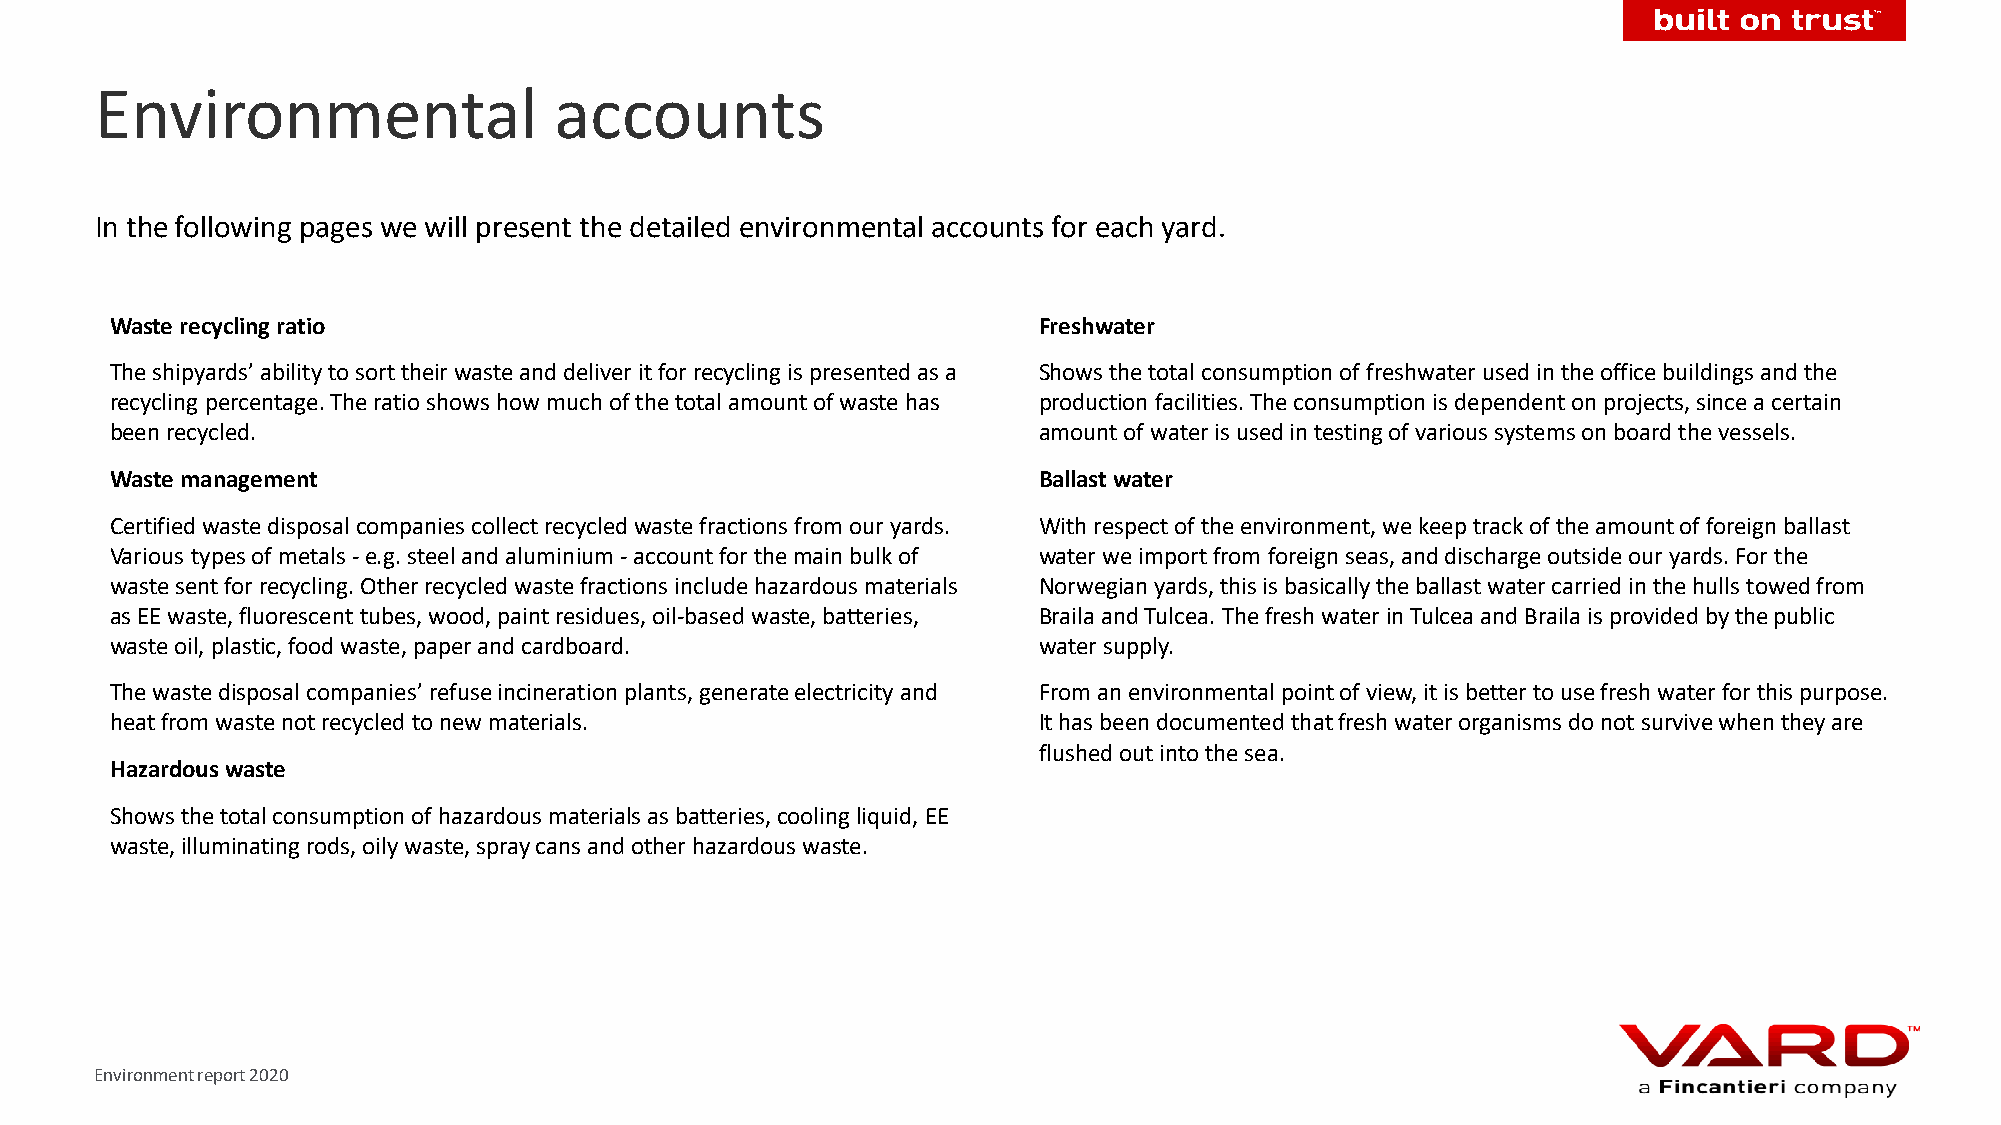
Environmental                  accounts
 In the following pages we will present the detailed environmental accounts for each yard.
 Waste recycling ratio                                         Freshwater
 The shipyards’ ability to sort their waste and deliver it for recycling is presented as a Shows the total consumption of freshwater used in the office buildings and the
 recycling percentage. The ratio shows how much of the total amount of waste has production facilities. The consumption is dependent on projects, since a certain
 been recycled.                                                amount of water is used in testing of various systems on board the vessels.
 Waste management                                              Ballast water
 Certified waste disposal companies collect recycled waste fractions from our yards. With respect of the environment, we keep track of the amount of foreign ballast
 Various types of metals -e.g. steel and aluminium -account for the main bulk of water we import from foreign seas, and discharge outside our yards. For the
 waste sent for recycling. Other recycled waste fractions include hazardous materials Norwegian yards, this is basically the ballast water carried in the hulls towed from
 as EE waste, fluorescent tubes, wood, paint residues, oil-based waste, batteries, Braila and Tulcea. The fresh water in Tulcea and Braila is provided by the public
 waste oil, plastic, food waste, paper and cardboard.          water supply.
 The waste disposal companies’ refuse incineration plants, generate electricity and From an environmental point of view, it is better to use fresh water for this purpose.
 heat from waste not recycled to new materials.                It has been documented that fresh water organisms do not survive when they are
 flushed out into the sea.
 Hazardous waste
 Shows the total consumption of hazardous materials as batteries, cooling liquid, EE
 waste, illuminating rods, oily waste, spray cans and other hazardous waste.
 Environment report 2020